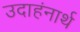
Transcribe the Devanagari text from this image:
उदाहंनार्थ